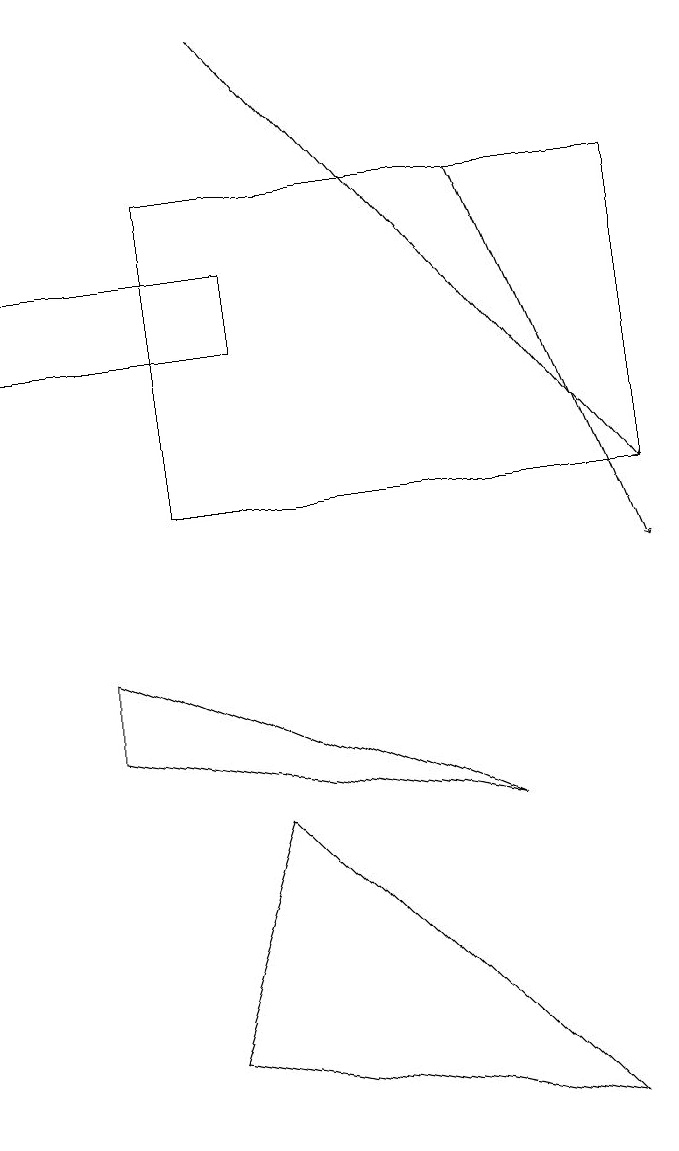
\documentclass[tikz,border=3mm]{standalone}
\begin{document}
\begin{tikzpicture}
\draw (4,7) -- (8,3) -- (3,4) -- cycle;
\draw (7,7) -- (2,8) -- (2,9) -- cycle;
\draw (9,15) rectangle (3,11);
\draw[->] (4,17) -- (9,11);
\draw (1,13) rectangle (4,14);
\draw[->] (7,15) -- (9,10);
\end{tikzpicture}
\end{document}